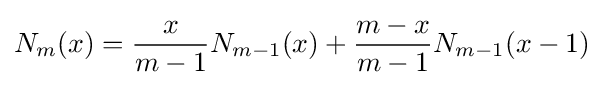
N_{m}(x)={\frac {x}{m-1}}N_{m-1}(x)+{\frac {m-x}{m-1}}N_{m-1}(x-1)